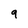
Character: 9